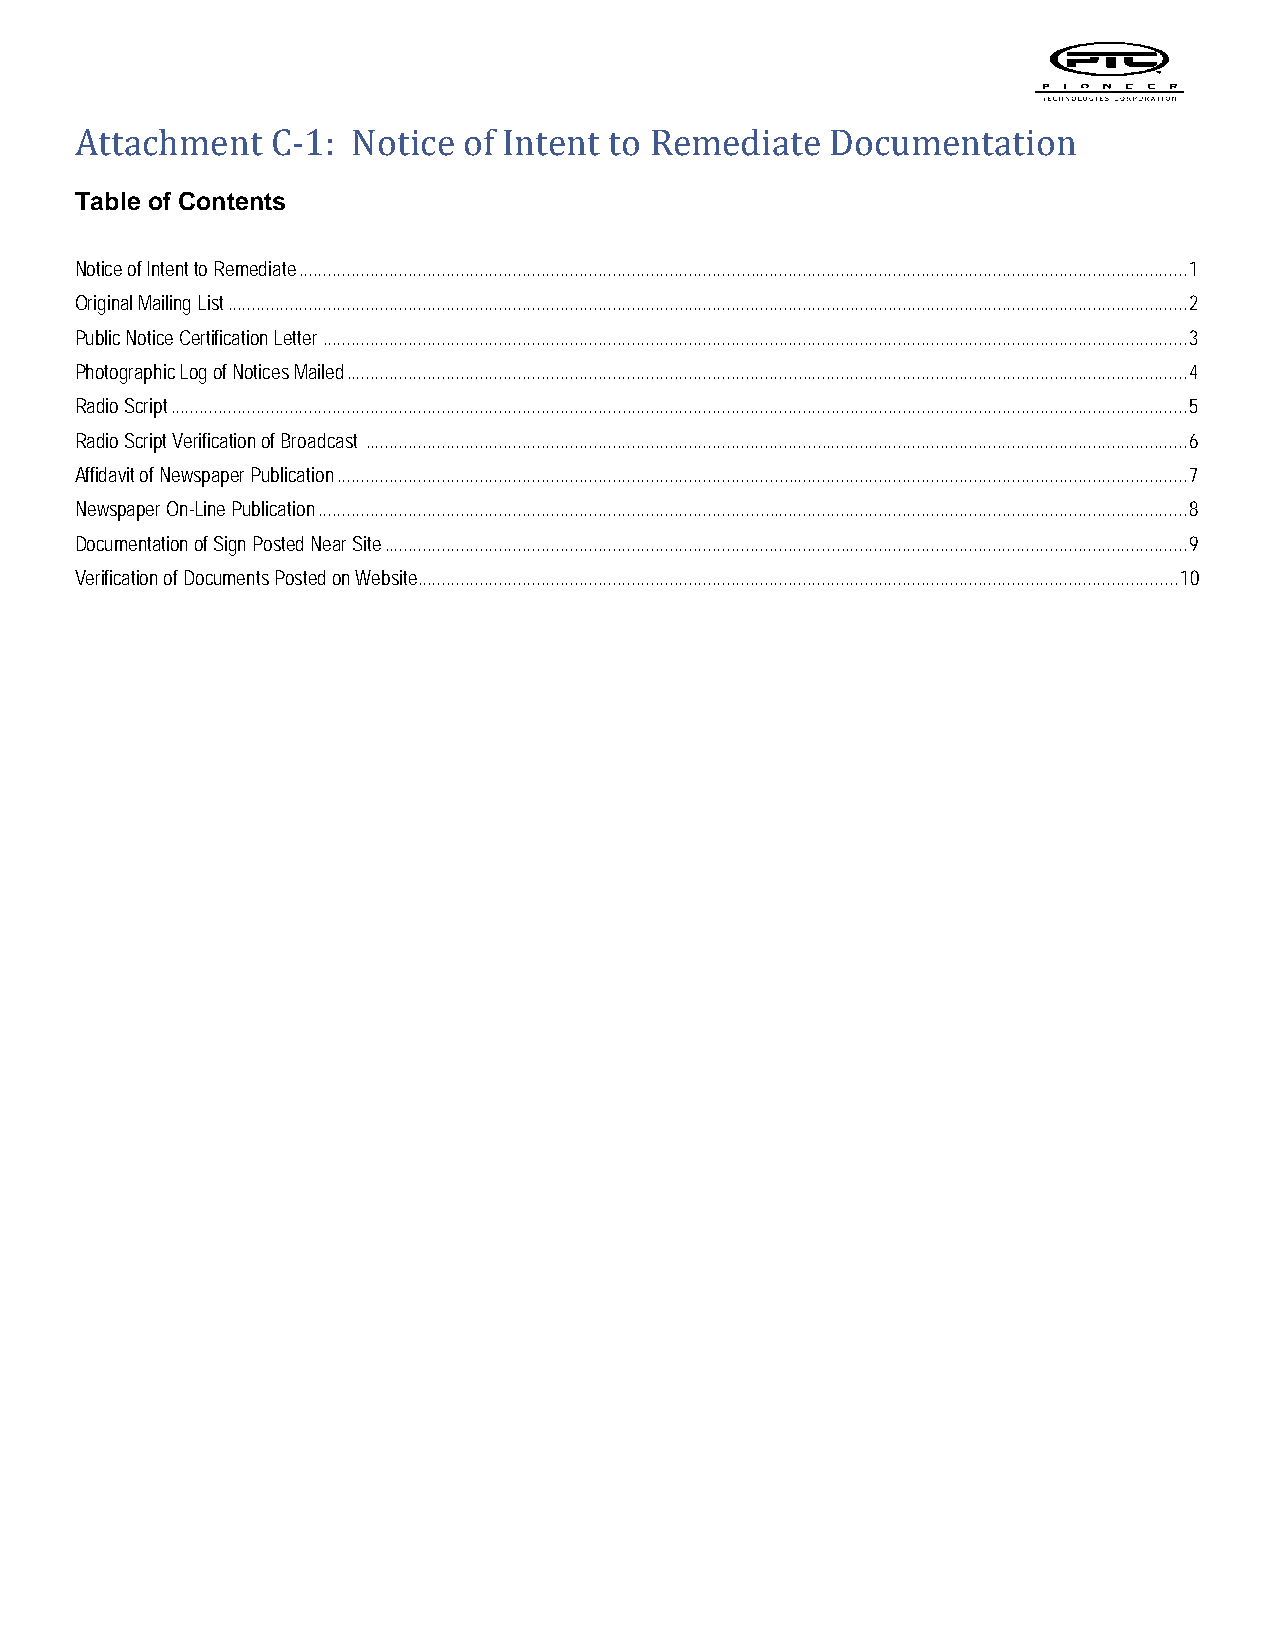
Table of Contents
 Attachment   C-1: Notice  of Intent to Remediate  Documentation
 Notice of Intent to Remediate ........................................................................................................................................................................................... 1
 Original Mailing List .......................................................................................................................................................................................................... 2
 Public Notice Certification Letter ...................................................................................................................................................................................... 3
 Photographic Log of Notices Mailed ................................................................................................................................................................................. 4
 Radio Script ...................................................................................................................................................................................................................... 5
 Radio Script Verification of Broadcast ............................................................................................................................................................................. 6
 Affidavit of Newspaper Publication ................................................................................................................................................................................... 7
 Newspaper On-Line Publication ....................................................................................................................................................................................... 8
 Documentation of Sign Posted Near Site ......................................................................................................................................................................... 9
 Verification of Documents Posted on Website................................................................................................................................................................ 10